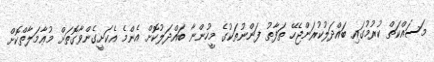
މަސައްކަތް ކުރުމުގައި ބައްދަލުކުރަންޖެހޭ ތަފާތު ފަންނުތަކުގެ މީހުންނާ ބައްދަލުކޮށް އެންމެ އެކަށީގެންވާގޮތަށް މުޢާމަލާތްކޮށް